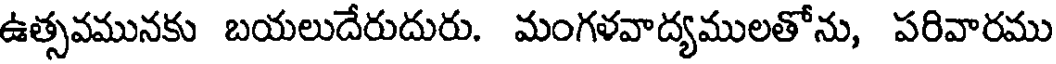
ఉత్సవమునకు బయలుదేరుదురు. మంగళవాద్యములతోను, పరివారము